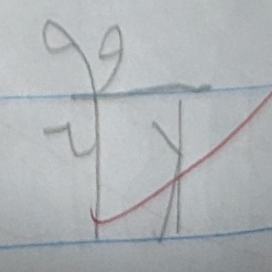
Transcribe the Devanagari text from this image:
चौकी